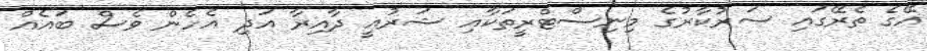
އޭގެ ތެރޭގައި ސަރުކާރުގެ މިނިސްޓްރީތަކާއި ޝަރުއީ ދާއިރާ އަދި އެހެން ވެސް ބައެއް